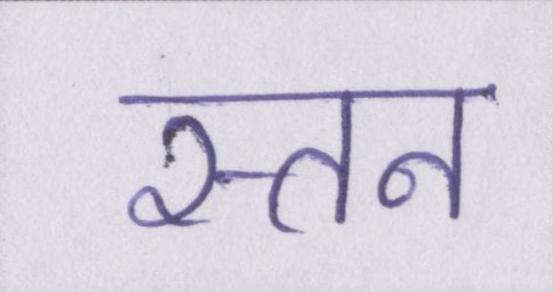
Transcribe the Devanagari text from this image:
स्तन